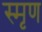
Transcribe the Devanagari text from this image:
स्मृण